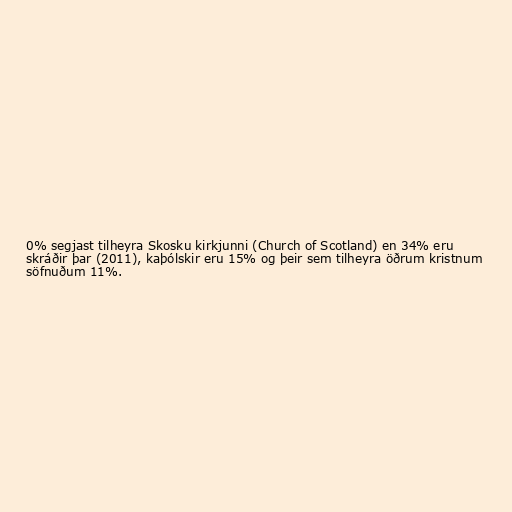
0% segjast tilheyra Skosku kirkjunni (Church of Scotland) en 34% eru
skráðir þar (2011), kaþólskir eru 15% og þeir sem tilheyra öðrum kristnum
söfnuðum 11%.